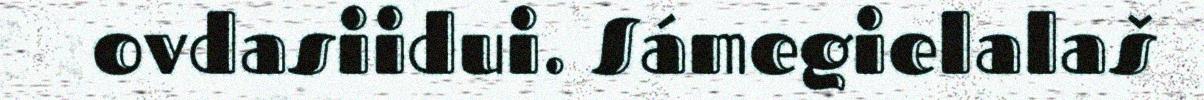
ovdasiidui. Sámegielalaš